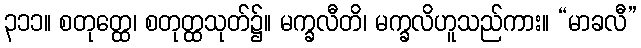
၃၁၁။ စတုတ္ထေ၊ စတုတ္ထသုတ်၌။ မက္ခလီတိ၊ မက္ခလိဟူသည်ကား။ “မာခလီ”